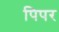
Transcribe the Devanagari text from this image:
पिपर